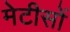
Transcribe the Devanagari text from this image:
मेटीसों